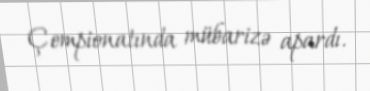
Çempionatında mübarizə apardı.